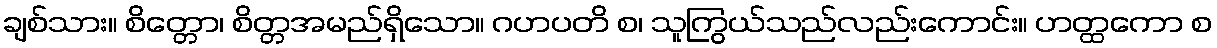
ချစ်သား။ စိတ္တော၊ စိတ္တအမည်ရှိသော။ ဂဟပတိ စ၊ သူကြွယ်သည်လည်းကောင်း။ ဟတ္ထကော စ